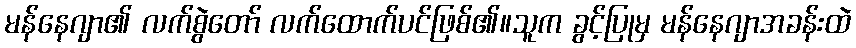
မန်နေဂျာ၏ လက်စွဲတော် လက်ထောက်ပင်ဖြစ်၏။သူက ခွင့်ပြုမှ မန်နေဂျာအခန်းထဲ